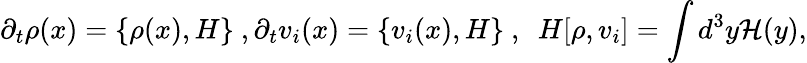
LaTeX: \partial_{t}\rho(x)=\{ \rho(x),H\} ~,\partial_{t}v_{i}(x)=\{ v_{i}(x),H\} ~,~~H[\rho,v_{i}]=\int d^{3}y{\cal H}(y),